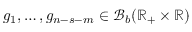
g _ { 1 } , \dots , g _ { n - s - m } \in \mathcal { B } _ { b } ( \mathbb { R } _ { + } \times \mathbb { R } )